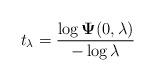
LaTeX: \begin{align*}t_{\lambda}=\frac{\log\mathbf{\Psi}(0,\lambda)}{-\log\lambda} \end{align*}